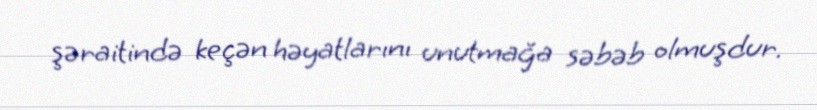
şəraitində keçən həyatlarını unutmağa səbəb olmuşdur.